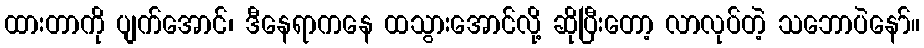
ထားတာကို ပျက်အောင်၊ ဒီနေရာကနေ ထသွားအောင်လို့ ဆိုပြီးတော့ လာလုပ်တဲ့ သဘောပဲနော်။